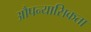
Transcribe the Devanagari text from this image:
औपन्यासिकता